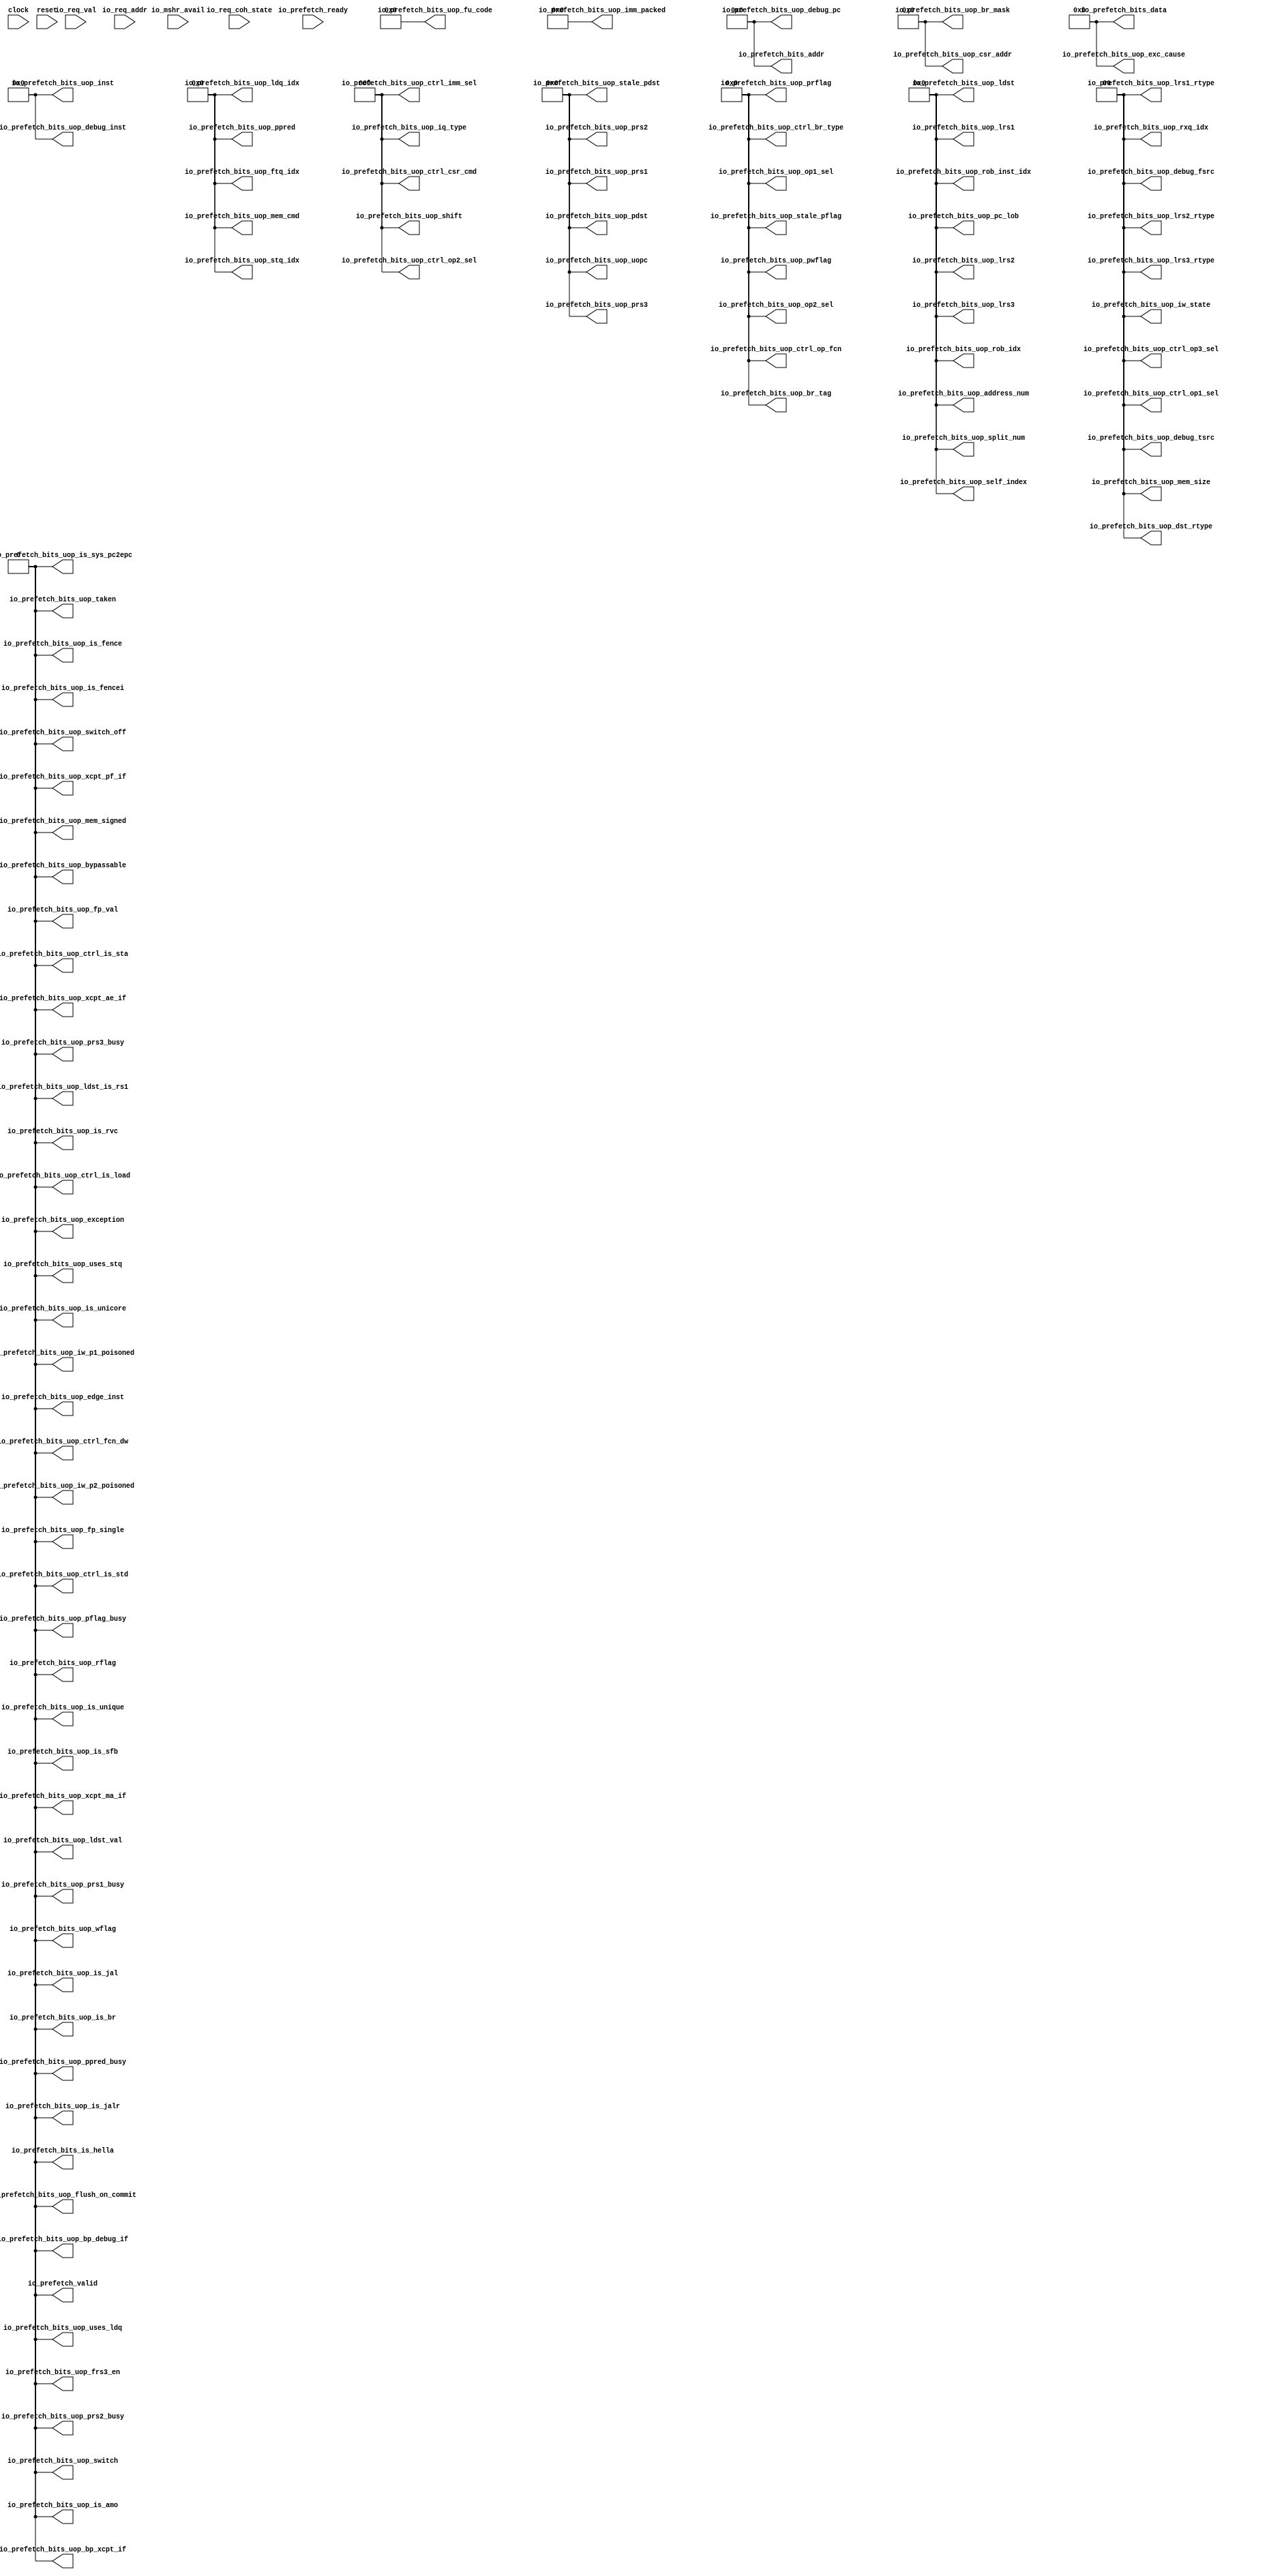
module NullPrefetcher(
  input         clock,
  input         reset,
  input         io_mshr_avail,
  input         io_req_val,
  input  [39:0] io_req_addr,
  input  [1:0]  io_req_coh_state,
  input         io_prefetch_ready,
  output        io_prefetch_valid,
  output        io_prefetch_bits_uop_switch,
  output        io_prefetch_bits_uop_switch_off,
  output        io_prefetch_bits_uop_is_unicore,
  output [2:0]  io_prefetch_bits_uop_shift,
  output [1:0]  io_prefetch_bits_uop_lrs3_rtype,
  output        io_prefetch_bits_uop_rflag,
  output        io_prefetch_bits_uop_wflag,
  output [3:0]  io_prefetch_bits_uop_prflag,
  output [3:0]  io_prefetch_bits_uop_pwflag,
  output        io_prefetch_bits_uop_pflag_busy,
  output [3:0]  io_prefetch_bits_uop_stale_pflag,
  output [3:0]  io_prefetch_bits_uop_op1_sel,
  output [3:0]  io_prefetch_bits_uop_op2_sel,
  output [5:0]  io_prefetch_bits_uop_split_num,
  output [5:0]  io_prefetch_bits_uop_self_index,
  output [5:0]  io_prefetch_bits_uop_rob_inst_idx,
  output [5:0]  io_prefetch_bits_uop_address_num,
  output [6:0]  io_prefetch_bits_uop_uopc,
  output [31:0] io_prefetch_bits_uop_inst,
  output [31:0] io_prefetch_bits_uop_debug_inst,
  output        io_prefetch_bits_uop_is_rvc,
  output [39:0] io_prefetch_bits_uop_debug_pc,
  output [2:0]  io_prefetch_bits_uop_iq_type,
  output [9:0]  io_prefetch_bits_uop_fu_code,
  output [3:0]  io_prefetch_bits_uop_ctrl_br_type,
  output [1:0]  io_prefetch_bits_uop_ctrl_op1_sel,
  output [2:0]  io_prefetch_bits_uop_ctrl_op2_sel,
  output [2:0]  io_prefetch_bits_uop_ctrl_imm_sel,
  output [3:0]  io_prefetch_bits_uop_ctrl_op_fcn,
  output        io_prefetch_bits_uop_ctrl_fcn_dw,
  output [2:0]  io_prefetch_bits_uop_ctrl_csr_cmd,
  output        io_prefetch_bits_uop_ctrl_is_load,
  output        io_prefetch_bits_uop_ctrl_is_sta,
  output        io_prefetch_bits_uop_ctrl_is_std,
  output [1:0]  io_prefetch_bits_uop_ctrl_op3_sel,
  output [1:0]  io_prefetch_bits_uop_iw_state,
  output        io_prefetch_bits_uop_iw_p1_poisoned,
  output        io_prefetch_bits_uop_iw_p2_poisoned,
  output        io_prefetch_bits_uop_is_br,
  output        io_prefetch_bits_uop_is_jalr,
  output        io_prefetch_bits_uop_is_jal,
  output        io_prefetch_bits_uop_is_sfb,
  output [11:0] io_prefetch_bits_uop_br_mask,
  output [3:0]  io_prefetch_bits_uop_br_tag,
  output [4:0]  io_prefetch_bits_uop_ftq_idx,
  output        io_prefetch_bits_uop_edge_inst,
  output [5:0]  io_prefetch_bits_uop_pc_lob,
  output        io_prefetch_bits_uop_taken,
  output [19:0] io_prefetch_bits_uop_imm_packed,
  output [11:0] io_prefetch_bits_uop_csr_addr,
  output [5:0]  io_prefetch_bits_uop_rob_idx,
  output [4:0]  io_prefetch_bits_uop_ldq_idx,
  output [4:0]  io_prefetch_bits_uop_stq_idx,
  output [1:0]  io_prefetch_bits_uop_rxq_idx,
  output [6:0]  io_prefetch_bits_uop_pdst,
  output [6:0]  io_prefetch_bits_uop_prs1,
  output [6:0]  io_prefetch_bits_uop_prs2,
  output [6:0]  io_prefetch_bits_uop_prs3,
  output [4:0]  io_prefetch_bits_uop_ppred,
  output        io_prefetch_bits_uop_prs1_busy,
  output        io_prefetch_bits_uop_prs2_busy,
  output        io_prefetch_bits_uop_prs3_busy,
  output        io_prefetch_bits_uop_ppred_busy,
  output [6:0]  io_prefetch_bits_uop_stale_pdst,
  output        io_prefetch_bits_uop_exception,
  output [63:0] io_prefetch_bits_uop_exc_cause,
  output        io_prefetch_bits_uop_bypassable,
  output [4:0]  io_prefetch_bits_uop_mem_cmd,
  output [1:0]  io_prefetch_bits_uop_mem_size,
  output        io_prefetch_bits_uop_mem_signed,
  output        io_prefetch_bits_uop_is_fence,
  output        io_prefetch_bits_uop_is_fencei,
  output        io_prefetch_bits_uop_is_amo,
  output        io_prefetch_bits_uop_uses_ldq,
  output        io_prefetch_bits_uop_uses_stq,
  output        io_prefetch_bits_uop_is_sys_pc2epc,
  output        io_prefetch_bits_uop_is_unique,
  output        io_prefetch_bits_uop_flush_on_commit,
  output        io_prefetch_bits_uop_ldst_is_rs1,
  output [5:0]  io_prefetch_bits_uop_ldst,
  output [5:0]  io_prefetch_bits_uop_lrs1,
  output [5:0]  io_prefetch_bits_uop_lrs2,
  output [5:0]  io_prefetch_bits_uop_lrs3,
  output        io_prefetch_bits_uop_ldst_val,
  output [1:0]  io_prefetch_bits_uop_dst_rtype,
  output [1:0]  io_prefetch_bits_uop_lrs1_rtype,
  output [1:0]  io_prefetch_bits_uop_lrs2_rtype,
  output        io_prefetch_bits_uop_frs3_en,
  output        io_prefetch_bits_uop_fp_val,
  output        io_prefetch_bits_uop_fp_single,
  output        io_prefetch_bits_uop_xcpt_pf_if,
  output        io_prefetch_bits_uop_xcpt_ae_if,
  output        io_prefetch_bits_uop_xcpt_ma_if,
  output        io_prefetch_bits_uop_bp_debug_if,
  output        io_prefetch_bits_uop_bp_xcpt_if,
  output [1:0]  io_prefetch_bits_uop_debug_fsrc,
  output [1:0]  io_prefetch_bits_uop_debug_tsrc,
  output [39:0] io_prefetch_bits_addr,
  output [63:0] io_prefetch_bits_data,
  output        io_prefetch_bits_is_hella
);
  assign io_prefetch_valid = 1'h0; // @[prefetcher.scala 41:21]
  assign io_prefetch_bits_uop_switch = 1'h0;
  assign io_prefetch_bits_uop_switch_off = 1'h0;
  assign io_prefetch_bits_uop_is_unicore = 1'h0;
  assign io_prefetch_bits_uop_shift = 3'h0;
  assign io_prefetch_bits_uop_lrs3_rtype = 2'h0;
  assign io_prefetch_bits_uop_rflag = 1'h0;
  assign io_prefetch_bits_uop_wflag = 1'h0;
  assign io_prefetch_bits_uop_prflag = 4'h0;
  assign io_prefetch_bits_uop_pwflag = 4'h0;
  assign io_prefetch_bits_uop_pflag_busy = 1'h0;
  assign io_prefetch_bits_uop_stale_pflag = 4'h0;
  assign io_prefetch_bits_uop_op1_sel = 4'h0;
  assign io_prefetch_bits_uop_op2_sel = 4'h0;
  assign io_prefetch_bits_uop_split_num = 6'h0;
  assign io_prefetch_bits_uop_self_index = 6'h0;
  assign io_prefetch_bits_uop_rob_inst_idx = 6'h0;
  assign io_prefetch_bits_uop_address_num = 6'h0;
  assign io_prefetch_bits_uop_uopc = 7'h0;
  assign io_prefetch_bits_uop_inst = 32'h0;
  assign io_prefetch_bits_uop_debug_inst = 32'h0;
  assign io_prefetch_bits_uop_is_rvc = 1'h0;
  assign io_prefetch_bits_uop_debug_pc = 40'h0;
  assign io_prefetch_bits_uop_iq_type = 3'h0;
  assign io_prefetch_bits_uop_fu_code = 10'h0;
  assign io_prefetch_bits_uop_ctrl_br_type = 4'h0;
  assign io_prefetch_bits_uop_ctrl_op1_sel = 2'h0;
  assign io_prefetch_bits_uop_ctrl_op2_sel = 3'h0;
  assign io_prefetch_bits_uop_ctrl_imm_sel = 3'h0;
  assign io_prefetch_bits_uop_ctrl_op_fcn = 4'h0;
  assign io_prefetch_bits_uop_ctrl_fcn_dw = 1'h0;
  assign io_prefetch_bits_uop_ctrl_csr_cmd = 3'h0;
  assign io_prefetch_bits_uop_ctrl_is_load = 1'h0;
  assign io_prefetch_bits_uop_ctrl_is_sta = 1'h0;
  assign io_prefetch_bits_uop_ctrl_is_std = 1'h0;
  assign io_prefetch_bits_uop_ctrl_op3_sel = 2'h0;
  assign io_prefetch_bits_uop_iw_state = 2'h0;
  assign io_prefetch_bits_uop_iw_p1_poisoned = 1'h0;
  assign io_prefetch_bits_uop_iw_p2_poisoned = 1'h0;
  assign io_prefetch_bits_uop_is_br = 1'h0;
  assign io_prefetch_bits_uop_is_jalr = 1'h0;
  assign io_prefetch_bits_uop_is_jal = 1'h0;
  assign io_prefetch_bits_uop_is_sfb = 1'h0;
  assign io_prefetch_bits_uop_br_mask = 12'h0;
  assign io_prefetch_bits_uop_br_tag = 4'h0;
  assign io_prefetch_bits_uop_ftq_idx = 5'h0;
  assign io_prefetch_bits_uop_edge_inst = 1'h0;
  assign io_prefetch_bits_uop_pc_lob = 6'h0;
  assign io_prefetch_bits_uop_taken = 1'h0;
  assign io_prefetch_bits_uop_imm_packed = 20'h0;
  assign io_prefetch_bits_uop_csr_addr = 12'h0;
  assign io_prefetch_bits_uop_rob_idx = 6'h0;
  assign io_prefetch_bits_uop_ldq_idx = 5'h0;
  assign io_prefetch_bits_uop_stq_idx = 5'h0;
  assign io_prefetch_bits_uop_rxq_idx = 2'h0;
  assign io_prefetch_bits_uop_pdst = 7'h0;
  assign io_prefetch_bits_uop_prs1 = 7'h0;
  assign io_prefetch_bits_uop_prs2 = 7'h0;
  assign io_prefetch_bits_uop_prs3 = 7'h0;
  assign io_prefetch_bits_uop_ppred = 5'h0;
  assign io_prefetch_bits_uop_prs1_busy = 1'h0;
  assign io_prefetch_bits_uop_prs2_busy = 1'h0;
  assign io_prefetch_bits_uop_prs3_busy = 1'h0;
  assign io_prefetch_bits_uop_ppred_busy = 1'h0;
  assign io_prefetch_bits_uop_stale_pdst = 7'h0;
  assign io_prefetch_bits_uop_exception = 1'h0;
  assign io_prefetch_bits_uop_exc_cause = 64'h0;
  assign io_prefetch_bits_uop_bypassable = 1'h0;
  assign io_prefetch_bits_uop_mem_cmd = 5'h0;
  assign io_prefetch_bits_uop_mem_size = 2'h0;
  assign io_prefetch_bits_uop_mem_signed = 1'h0;
  assign io_prefetch_bits_uop_is_fence = 1'h0;
  assign io_prefetch_bits_uop_is_fencei = 1'h0;
  assign io_prefetch_bits_uop_is_amo = 1'h0;
  assign io_prefetch_bits_uop_uses_ldq = 1'h0;
  assign io_prefetch_bits_uop_uses_stq = 1'h0;
  assign io_prefetch_bits_uop_is_sys_pc2epc = 1'h0;
  assign io_prefetch_bits_uop_is_unique = 1'h0;
  assign io_prefetch_bits_uop_flush_on_commit = 1'h0;
  assign io_prefetch_bits_uop_ldst_is_rs1 = 1'h0;
  assign io_prefetch_bits_uop_ldst = 6'h0;
  assign io_prefetch_bits_uop_lrs1 = 6'h0;
  assign io_prefetch_bits_uop_lrs2 = 6'h0;
  assign io_prefetch_bits_uop_lrs3 = 6'h0;
  assign io_prefetch_bits_uop_ldst_val = 1'h0;
  assign io_prefetch_bits_uop_dst_rtype = 2'h0;
  assign io_prefetch_bits_uop_lrs1_rtype = 2'h0;
  assign io_prefetch_bits_uop_lrs2_rtype = 2'h0;
  assign io_prefetch_bits_uop_frs3_en = 1'h0;
  assign io_prefetch_bits_uop_fp_val = 1'h0;
  assign io_prefetch_bits_uop_fp_single = 1'h0;
  assign io_prefetch_bits_uop_xcpt_pf_if = 1'h0;
  assign io_prefetch_bits_uop_xcpt_ae_if = 1'h0;
  assign io_prefetch_bits_uop_xcpt_ma_if = 1'h0;
  assign io_prefetch_bits_uop_bp_debug_if = 1'h0;
  assign io_prefetch_bits_uop_bp_xcpt_if = 1'h0;
  assign io_prefetch_bits_uop_debug_fsrc = 2'h0;
  assign io_prefetch_bits_uop_debug_tsrc = 2'h0;
  assign io_prefetch_bits_addr = 40'h0;
  assign io_prefetch_bits_data = 64'h0;
  assign io_prefetch_bits_is_hella = 1'h0;
endmodule